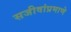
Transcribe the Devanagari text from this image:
सजीवांप्रमाणे